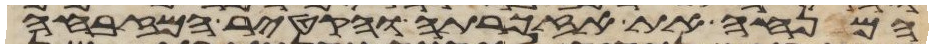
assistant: המנחה את אזכרתה והקטיר המזבחה